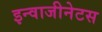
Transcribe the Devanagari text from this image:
इन्वाजीनेटस